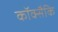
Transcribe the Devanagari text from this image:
कॉक्सैकि